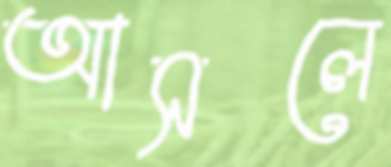
আসলে